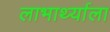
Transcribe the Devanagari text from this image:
लाभार्थ्याला